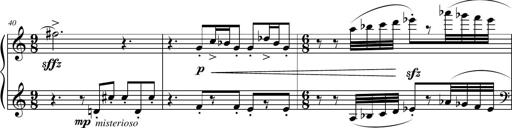
Title: Petite Sonatine
Composer: Richard St. Clair